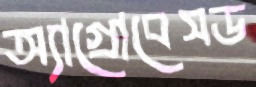
অ্যাগ্রোবেসড